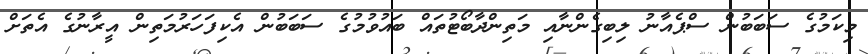
މިކަމުގެ ސަބަބުން ސްޕެއާނު ލިބިގެންނާއި މަތިންދާބޯޓުތައް ބައުވުމުގެ ސަބަބުން އެކިފަހަރުމަތިން އީރާނުގެ އެތަށް